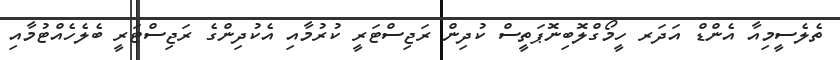
ތެލެސީމިއާ އެންޑް އަދަރ ހީމޯގްލޮބިނޮޕަތީސް ކުދިން ރަޖިސްޓަރީ ކުރުމާއި އެކުދިންގެ ރަޖިސްޓަރީ ބެލެހެއްޓުމާއި